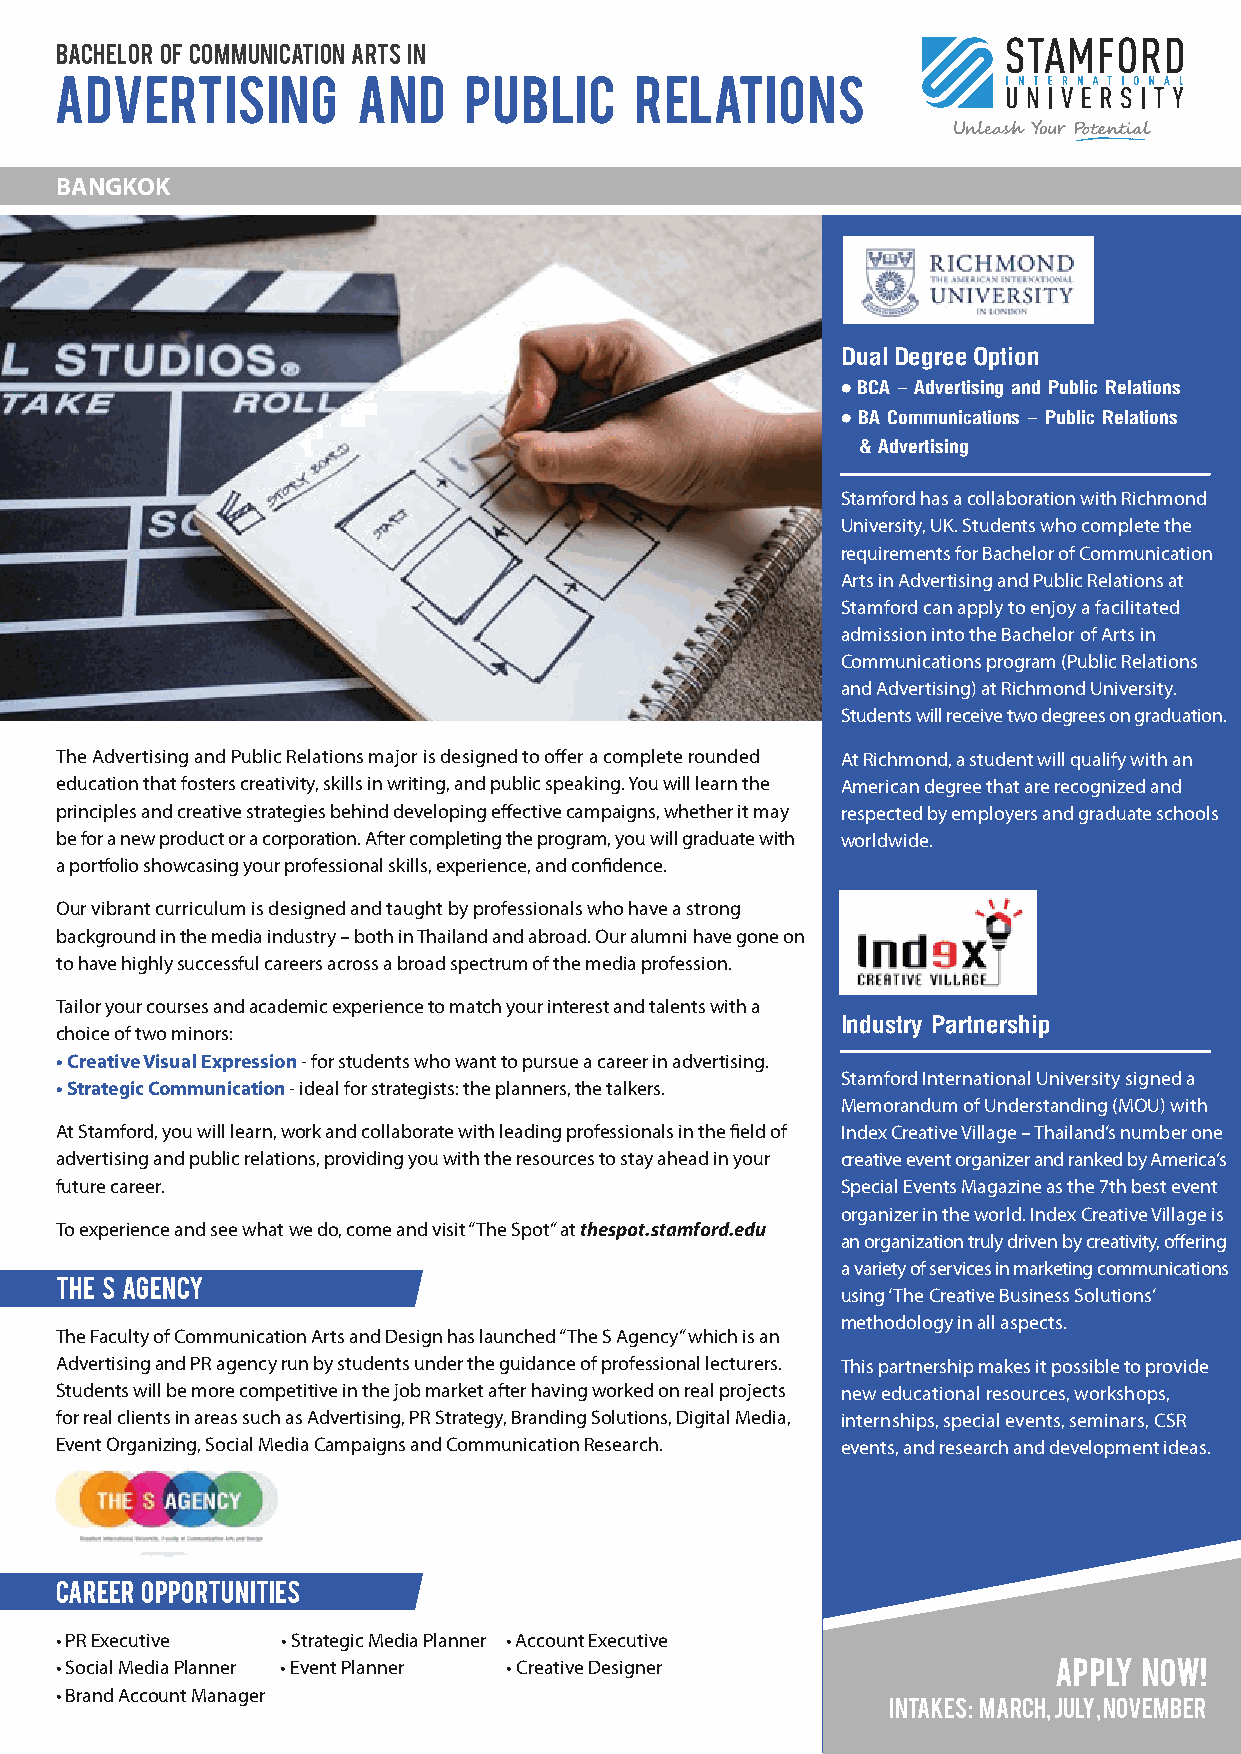
BACHELOR OF COMMUNICATION ARTS IN
 ADVERTISING         AND    PUBLIC     RELATIONS
 BANGKOK
 Dual Degree Option
 • BCA – Advertising and Public Relations
 • BA Communications – Public Relations
 & Advertising
 Stamford has a collaboration with Richmond
 University, UK. Students who complete the
 requirements for Bachelor of Communication
 Arts in Advertising and Public Relations at
 Stamford can apply to enjoy a facilitated
 admission into the Bachelor of Arts in
 Communications program (Public Relations
 and Advertising) at Richmond University.
 Students will receive two degrees on graduation.
 The Advertising and Public Relations major is designed to offer a complete rounded At Richmond, a student will qualify with an
 education that fosters creativity, skills in writing, and public speaking. You will learn the American degree that are recognized and
 principles and creative strategies behind developing effective campaigns, whether it may respected by employers and graduate schools
 be for a new product or a corporation. After completing the program, you will graduate with worldwide.
 a portfolio showcasing your professional skills, experience, and confidence.
 Our vibrant curriculum is designed and taught by professionals who have a strong
 background in the media industry – both in Thailand and abroad. Our alumni have gone on
 to have highly successful careers across a broad spectrum of the media profession.
 Tailor your courses and academic experience to match your interest and talents with a
 Industry Partnership
 choice of two minors:
 • Creative Visual Expression - for students who want to pursue a career in advertising.
 Stamford International University signed a
 • Strategic Communication - ideal for strategists: the planners, the talkers.
 Memorandum of Understanding (MOU) with
 At Stamford, you will learn, work and collaborate with leading professionals in the field of Index Creative Village – Thailand’s number one
 advertising and public relations, providing you with the resources to stay ahead in your creative event organizer and ranked by America’s
 future career.                                      Special Events Magazine as the 7th best event
 organizer in the world. Index Creative Village is
 To experience and see what we do, come and visit “The Spot” at thespot.stamford.edu
 an organization truly driven by creativity, offering
 a variety of services in marketing communications
 The S Agency
 using ‘The Creative Business Solutions’
 methodology in all aspects.
 The Faculty of Communication Arts and Design has launched “The S Agency” which is an
 Advertising and PR agency run by students under the guidance of professional lecturers. This partnership makes it possible to provide
 Students will be more competitive in the job market after having worked on real projects new educational resources, workshops,
 for real clients in areas such as Advertising, PR Strategy, Branding Solutions, Digital Media, internships, special events, seminars, CSR
 Event Organizing, Social Media Campaigns and Communication Research. events, and research and development ideas.
 CAREER OPPORTUNITIES
 • PR Executive • Strategic Media Planner • Account Executive
 • Social Media Planner • Event Planner • Creative Designer        APPLY NOW!
 • Brand Account Manager
 Intakes: March, July, November